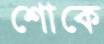
শোকে